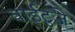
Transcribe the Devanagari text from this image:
वाईटुजे